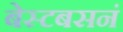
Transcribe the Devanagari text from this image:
बेस्टबसनं